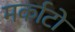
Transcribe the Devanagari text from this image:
मर्काटो